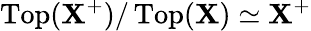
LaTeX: \operatorname{Top}(\mathbf{X}^{+})/\operatorname{Top}(\mathbf{X})\simeq\mathbf{X}^{+}